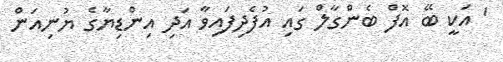
' އަކީ ބޭ އޮފް ބެންގާލް ގައި އުފެދިފައިވާ އަދި އިންޑިޔާގެ ޔުނިއަން